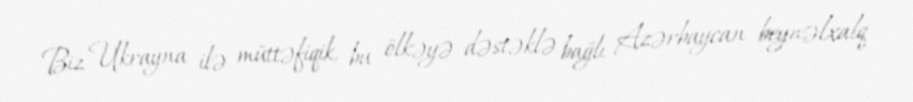
Biz Ukrayna ilə müttəfiqik, bu ölkəyə dəstəklə bağlı Azərbaycan beynəlxalq